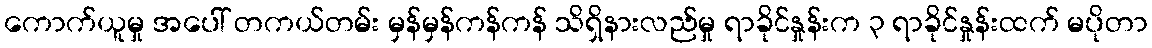
ကောက်ယူမှု အပေါ် တကယ်တမ်း မှန်မှန်ကန်ကန် သိရှိနားလည်မှု ရာခိုင်နှုန်းက ၃ ရာခိုင်နှုန်းထက် မပိုတာ